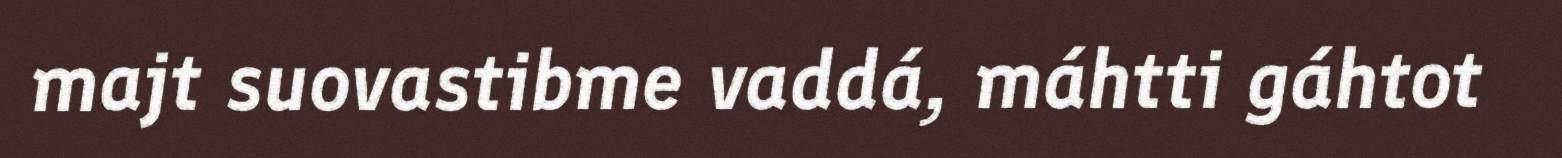
majt suovastibme vaddá, máhtti gáhtot